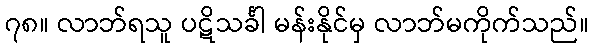
၇၈။ လာဘ်ရသူ ပဋိသင်္ခါ မန်းနိုင်မှ လာဘ်မကိုက်သည်။